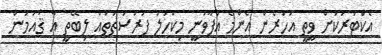
އެކްޓަރަކަށް ވީތީ އަހަރެން އެންމެ އުފާވަނީ މިކަހަލަ ފުރުސަތުތައް ލިބޭތީ އާ ޤައުމުން